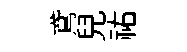
鳶兒祐